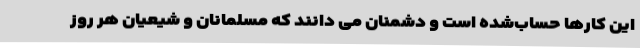
این کارها حساب‌شده است و دشمنان می دانند که مسلمانان و شیعیان هر روز